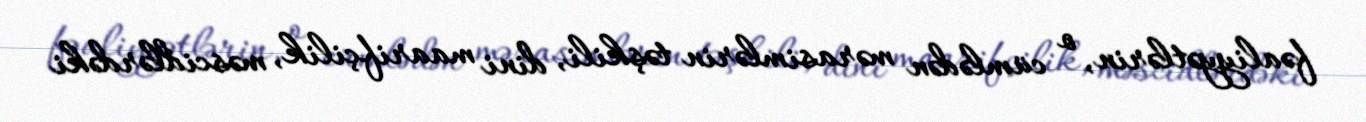
fəaliyyətlərin, o cümlədən mərasimlərin təşkili, dini maarifçilik, məscidlərdəki